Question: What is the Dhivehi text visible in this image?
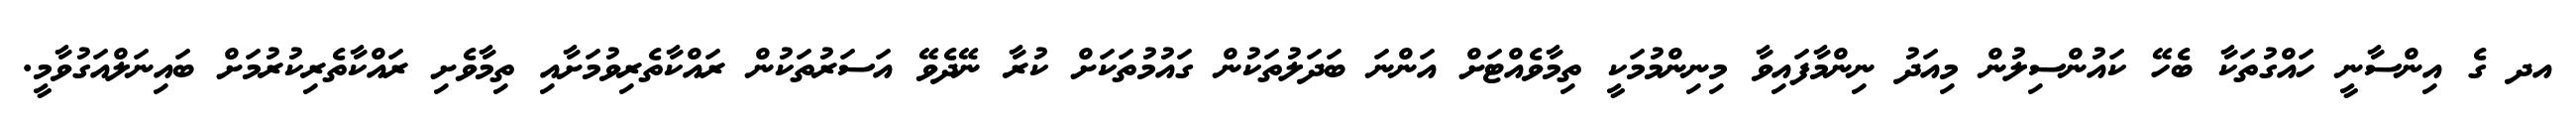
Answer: އދ ގެ އިންސާނީ ހައްގުތަކާ ބެހޭ ކައުންސިލުން މިއަދު ނިންމާފައިވާ މިނިންމުމަކީ ތިމާވެއްޓަށް އަންނަ ބަދަލުތަކުން ގައުމުތަކަށް ކުރާ ނޭދެވޭ އަސަރުތަކުން ރައްކާތެރިވުމަށާއި ތިމާވެށި ރައްކާތެރިކުރުމަށް ބައިނަލްއަގުވާމީ.